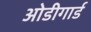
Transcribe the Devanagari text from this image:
ओडीगार्ड